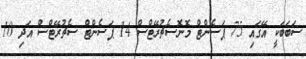
ސަބަބަކީ އޭގައި 75 ޕަސެންޓް މޮނޮސެޗުރޭޓްސް 14 ޕަސެންޓް ސެޗުރޭޓްސް އަދި 10